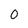
Character: 0